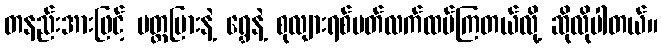
တနည်းအားဖြင့် ပတ္တမြားနဲ့ ရွှေနဲ့ စုလျားရစ်ပတ်လက်ထပ်ကြတယ်လို့ ဆိုလိုပါတယ်။